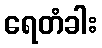
ရေတံခါး